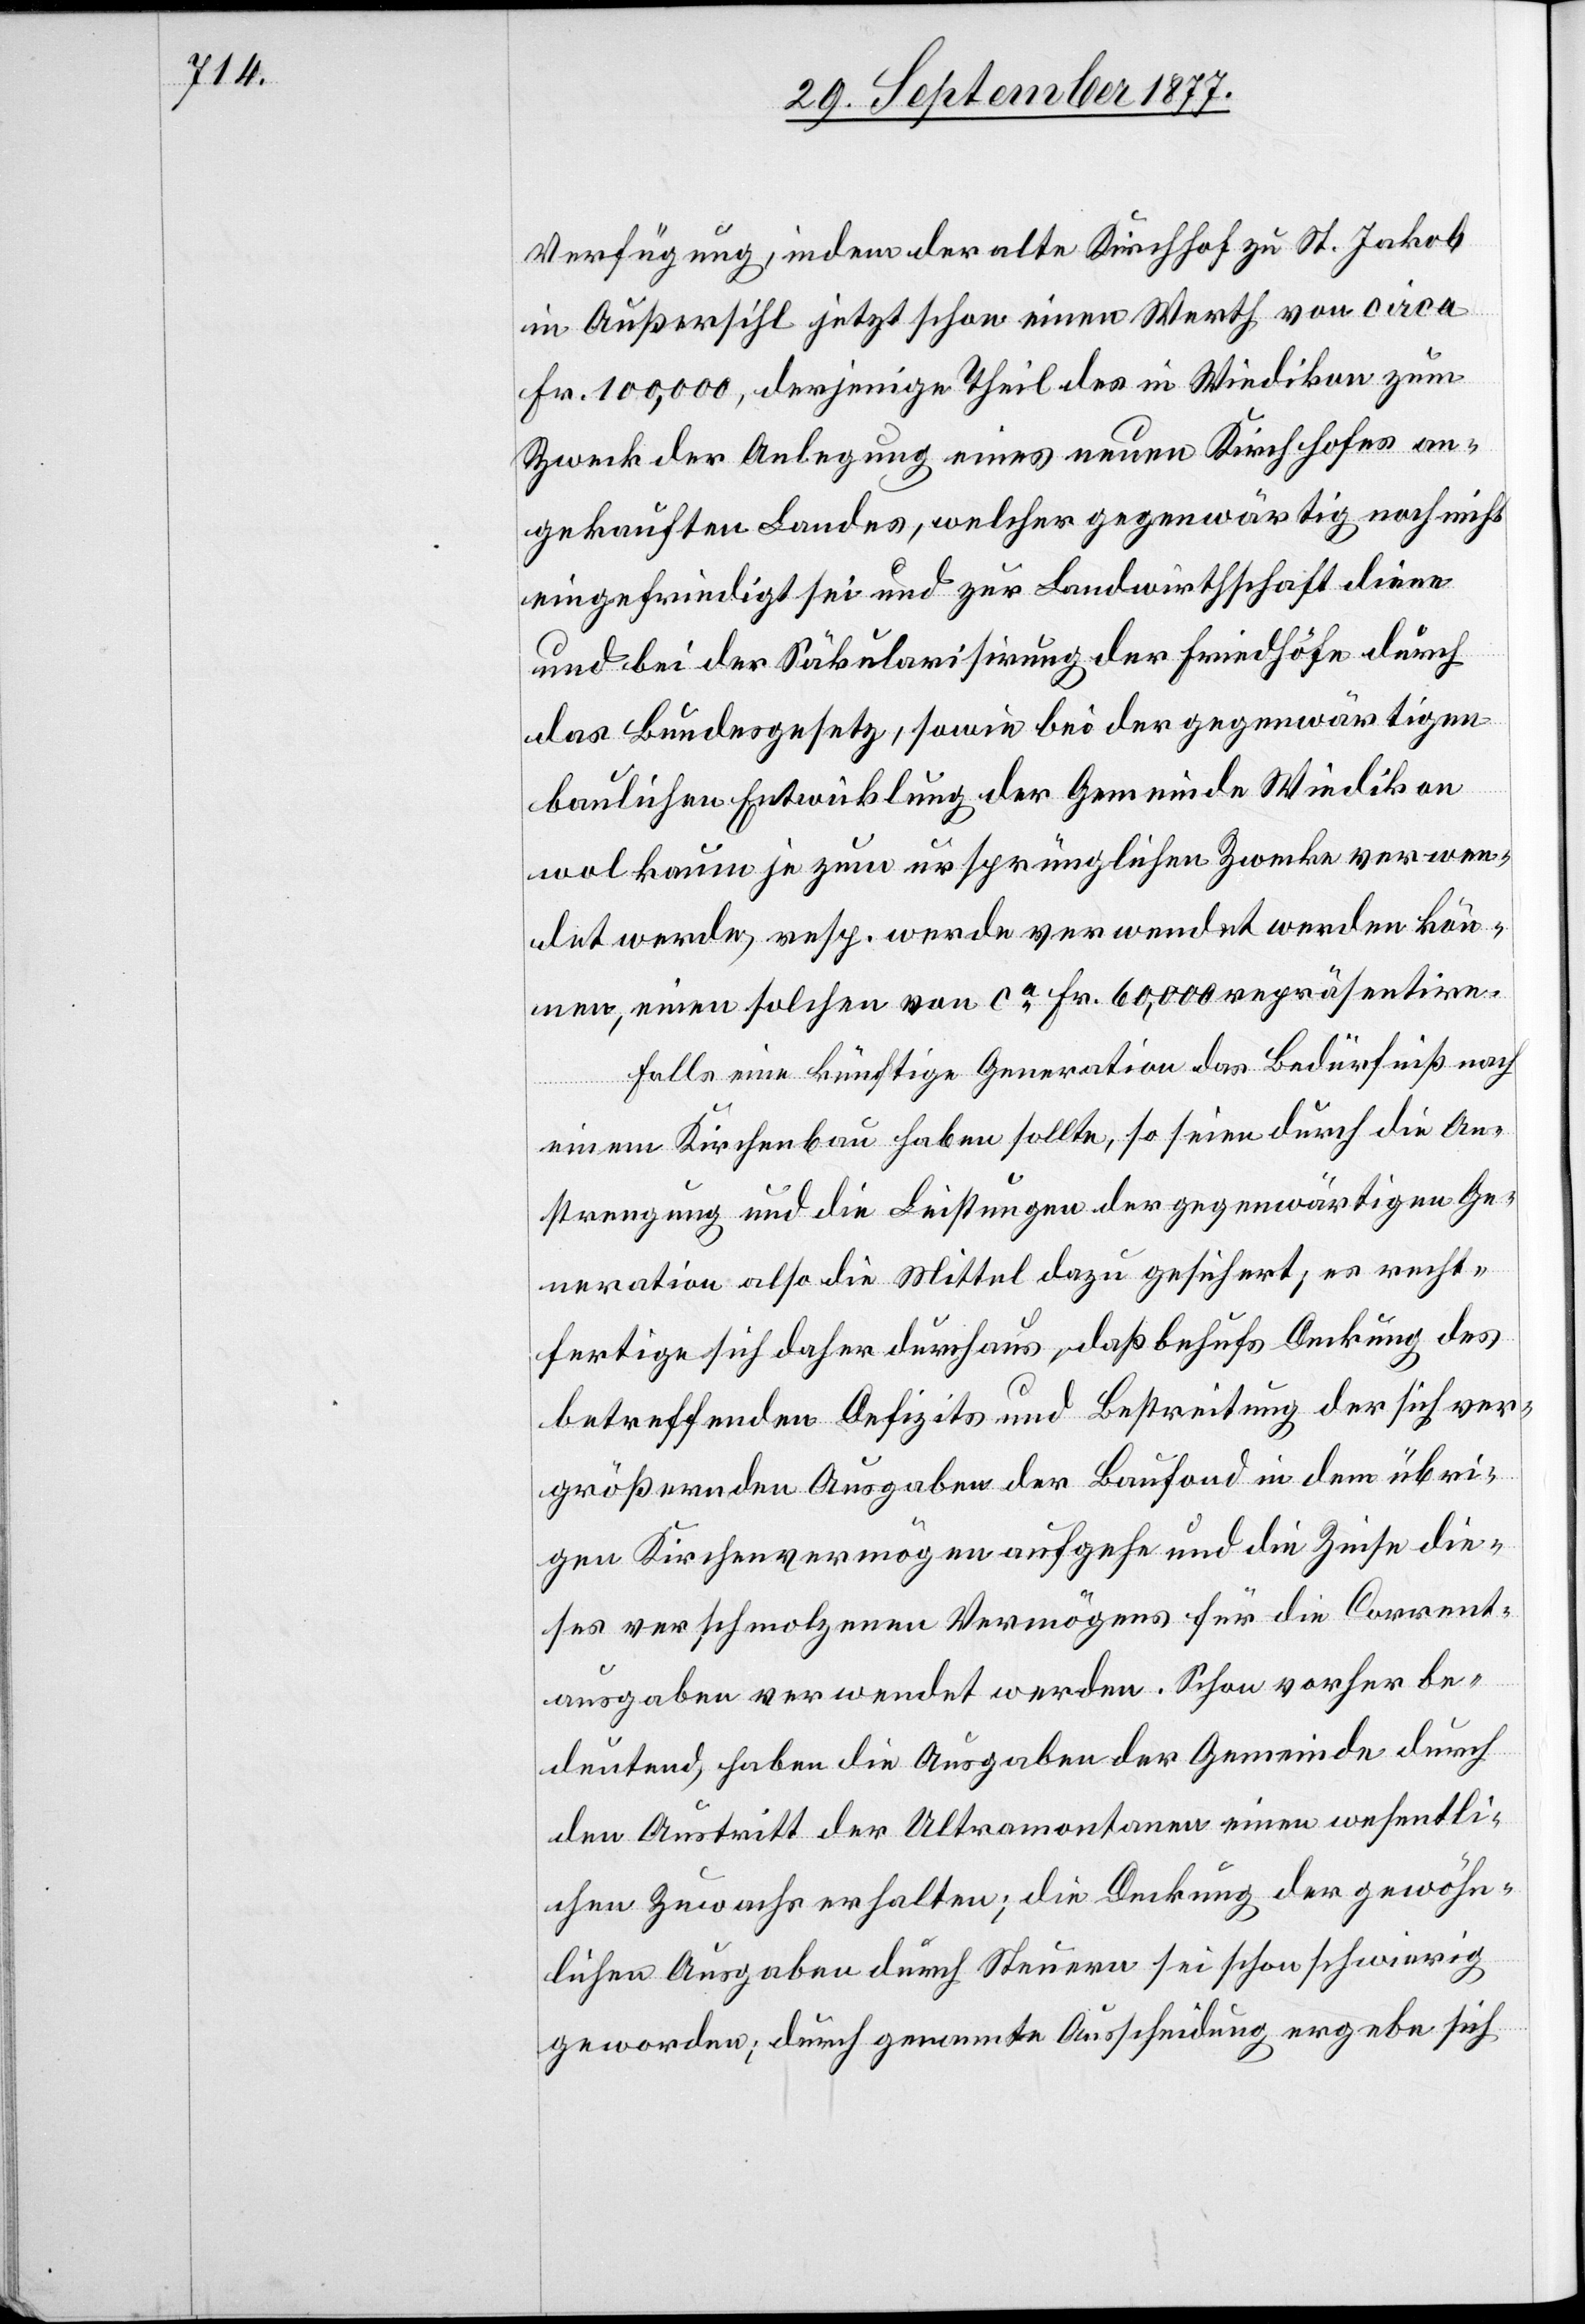
Verfügung, indem der alte Kirchhof zu St. Jakob
in Außersihl jetzt schon einen Werth von circa
Fr. 100,000, derjenige Theil des in Wiedikon zum
Zweck der Anlegung eines neuen Kirchhofes an¬
gekauften Landes, welcher gegenwärtig noch nicht
eingefriedigt sei und zur Landwirthschaft diene
und bei der Säkularisirung der Friedhöfe durch
das Bundesgesetz, sowie bei der gegenwärtigen
baulichen Entwicklung der Gemeinde Wiedikon
wol kaum je zum ursprünglichen Zwecke verwen¬
det werde, resp. werde verwendet werden kön¬
nen, einen solchen von ca Fr. 60,000 repräsentire.
Falls eine künftige Generation das Bedürfniß nach
einem Kirchenbau haben sollte, so seien durch die An¬
strengung und die Leistungen der gegenwärtigen Ge¬
neration also die Mittel dazu gesichert; es recht¬
fertige sich daher durchaus, daß behufs Deckung des
betreffenden Defizits und Bestreitung der sich ver¬
größernden Ausgaben der Baufond in dem übri¬
gen Kirchenvermögen aufgehe und die Zinse die¬
ses verschmolzenen Vermögens für die Corrent¬
ausgaben verwendet werden. Schon vorher be¬
deutend, haben die Ausgaben der Gemeinde durch
den Austritt der Ultramontanen einen wesentli¬
chen Zuwachs erhalten; die Deckung der gewöhn¬
lichen Ausgaben durch Steuern sei schon schwierig
geworden; durch genannte Ausscheidung ergebe sich